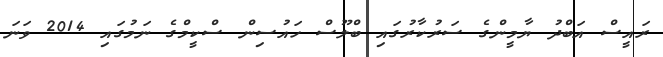
ރައީސް އަބްދު ޔާމީންގެ ސަރުކާރުގައި ބްލޫސް ހައުސިން ސްކީމްގެ ނަމުގައި 2014 ވަނަ